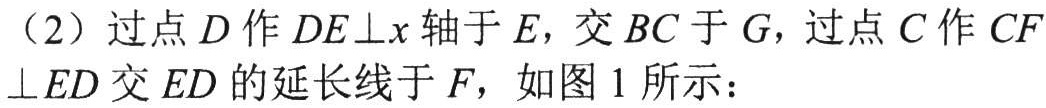
（2）过点\(D\)作\(DE\perp x\)轴于\(E\)，交\(BC\)于\(G\)，过点\(C\)作\(CF\perp ED\)交\(ED\)的延长线于\(F\)，如图 1 所示：